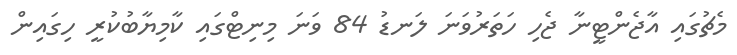
މެޗުގައި އާޖެންޓީނާ ޖެހި ހަތަރުވަނަ ލަނޑު 84 ވަނަ މިނިޓްގައި ކާމިޔާބުކުރީ ހިގައިން